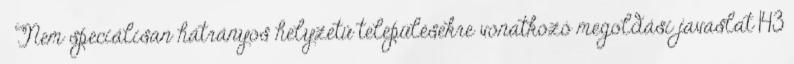
▪Nem speciálisan hátrányos helyzetű településekre vonatkozó megoldási javaslat 143